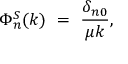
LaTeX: \Phi _ { n } ^ { S } ( k ) ~ = ~ \frac { \delta _ { n 0 } } { \mu k } ,